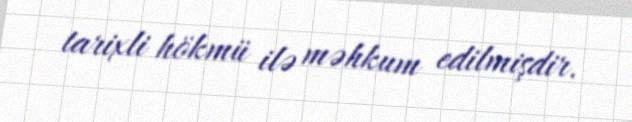
tarixli hökmü ilə məhkum edilmişdir.